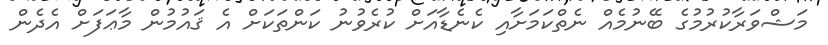
މަޝްވަރާކުރުމުގެ ބޭނުމެއް ނެތްކަމަށާއި ކެނެޑާއަށް ކުރެވުނު ކަންތަކަށް އެ ޤައުމުން މާޢަފަށް އެދެން